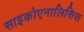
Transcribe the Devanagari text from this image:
साइकोएनालिसिस